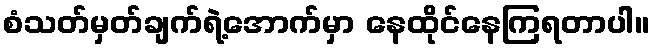
စံသတ်မှတ်ချက်ရဲ့အောက်မှာ နေထိုင်နေကြရတာပါ။